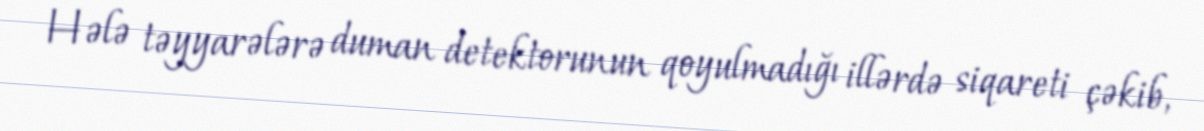
Hələ təyyarələrə duman detektorunun qoyulmadığı illərdə siqareti çəkib,